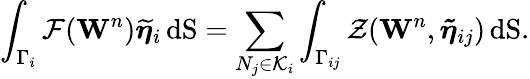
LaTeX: \displaystyle\int_{\Gamma_{i}}\mathbf{\cal{F}}(\mathbf{W}^{n}){\boldsymbol{\widetilde{\eta}}_{i}}\, \mathrm{dS}=\displaystyle\sum_{N_{j}\in{\cal K}_{i}}\displaystyle\int_{\Gamma_{ij}}{\cal{Z}}(\mathbf{W}^{n},{{\boldsymbol{\tilde{\eta}}}_{ij}})\, \mathrm{dS}.